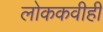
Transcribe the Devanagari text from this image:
लोककवीही